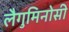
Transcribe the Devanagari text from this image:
लैगुमिनोसी